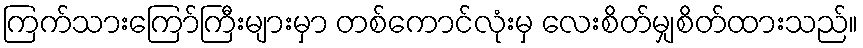
ကြက်သားကြော်ကြီးများမှာ တစ်ကောင်လုံးမှ လေးစိတ်မျှစိတ်ထားသည်။